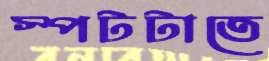
স্পটটাতে